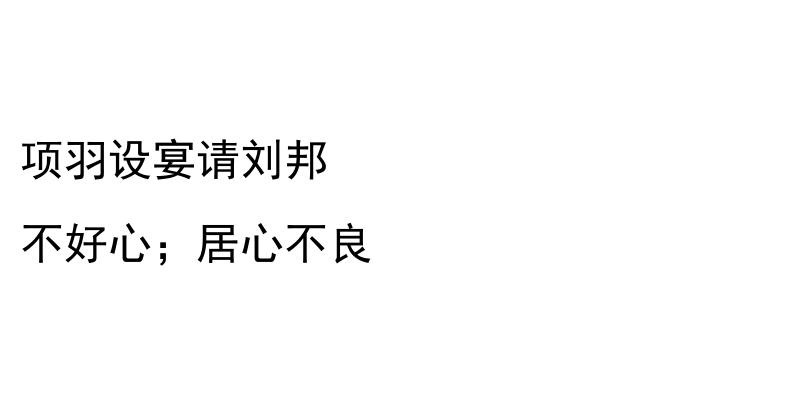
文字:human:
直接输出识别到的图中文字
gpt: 项羽设宴请刘邦 不好心；居心不良